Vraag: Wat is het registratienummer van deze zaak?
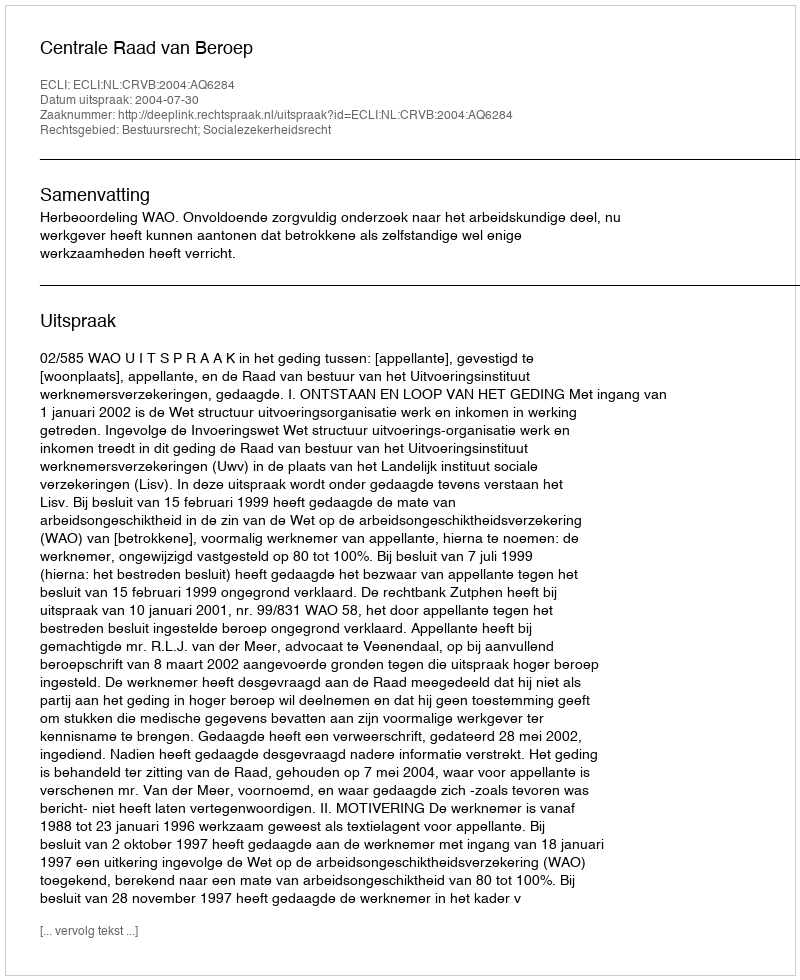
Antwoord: http://deeplink.rechtspraak.nl/uitspraak?id=ECLI:NL:CRVB:2004:AQ6284